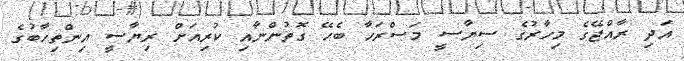
އަދި ރާއްޖޭގެ މިހާރުގެ ސިޔާސީ މަސްރަހާ ބެހޭ ގޮތުންނާއި ކުރިއަށް ރިޔާސީ އިންތިހާބުގެ